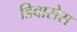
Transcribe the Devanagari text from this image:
डिवासेस